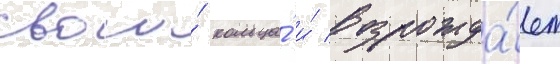
свои́ кольца́ и́ возрожда́ет